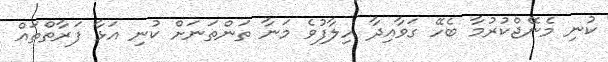
ކުނި މެނޭޖްކުރުމާ ބެހޭ ގަވާއިދާ ހިލާފުވެ މަނާ ތަންތަނަށް ކުނި އަޅާ ފަރާތްތައް